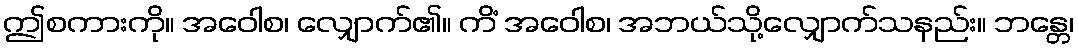
ဤစကားကို။ အဝေါစ၊ လျှောက်၏။ ကိံ အဝေါစ၊ အဘယ်သို့လျှောက်သနည်း။ ဘန္တေ၊